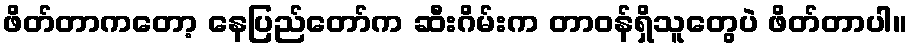
ဖိတ်တာကတော့ နေပြည်တော်က ဆီးဂိမ်းက တာဝန်ရှိသူတွေပဲ ဖိတ်တာပါ။